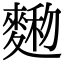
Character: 𪍆